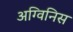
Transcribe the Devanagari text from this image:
अग्विनिस